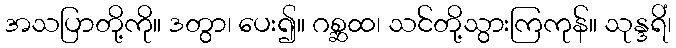
အသပြာတို့ကို။ ဒတွာ၊ ပေး၍။ ဂစ္ဆထ၊ သင်တို့သွားကြကုန်။ သုန္ဒရိံ၊